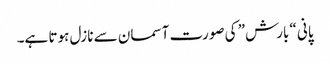
پانی “بارش” کی صورت آسمان سے نازل ہوتا ہے۔